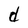
Character: d